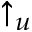
\uparrow _ { u }